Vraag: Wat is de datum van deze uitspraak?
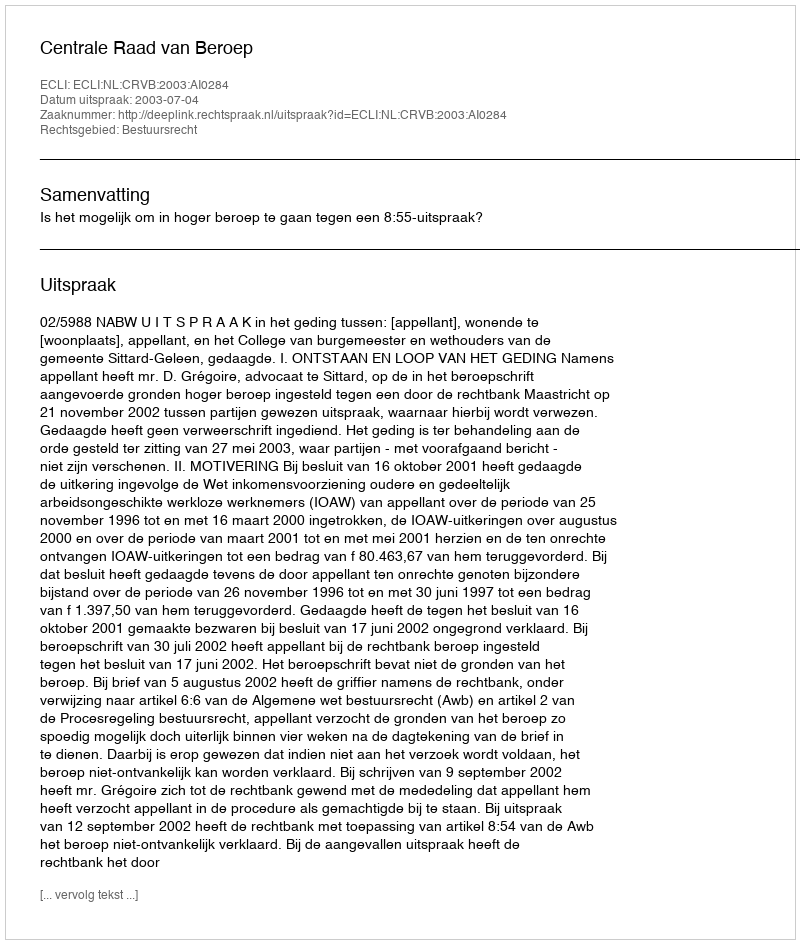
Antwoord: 2003-07-04